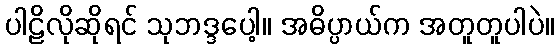
ပါဠိလိုဆိုရင် သုဘဒ္ဒပေါ့။ အဓိပ္ပာယ်က အတူတူပါပဲ။